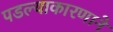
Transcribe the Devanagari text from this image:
पडल्याकारणाने